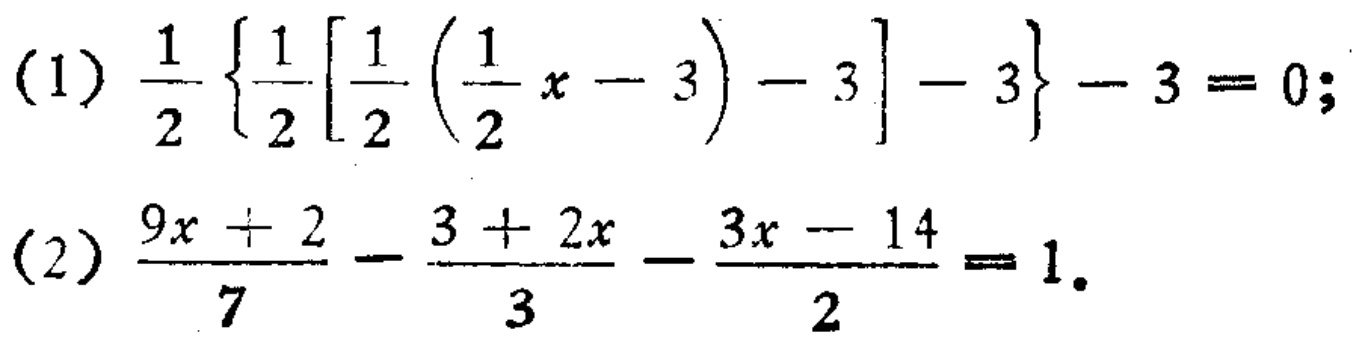
(1) \(\frac{1}{2}\left\{\frac{1}{2}\left[\frac{1}{2}\left(\frac{1}{2}x - 3\right)-3\right]-3\right\}-3 = 0\);
(2) \(\frac{9x + 2}{7}-\frac{3 + 2x}{3}-\frac{3x - 14}{2}=1\).